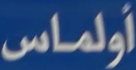
أولماس